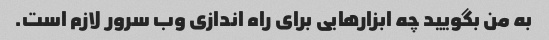
به من بگویید چه ابزارهایی برای راه اندازی وب سرور لازم است.